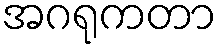
အဂရုကတာ